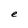
Character: e